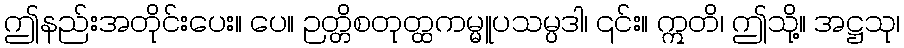
ဤနည်းအတိုင်းပေး။ ပေ။ ဉတ္တိစတုတ္ထကမ္မူပသမ္ပဒါ၊ ၎င်း။ ဣတိ၊ ဤသို့။ အဋ္ဌသု၊